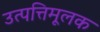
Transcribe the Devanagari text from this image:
उत्पत्तिमूलक